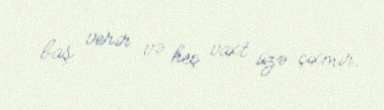
baş verir və heç vaxt üzə çıxmır.